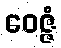
ဝေဇ္ဇံ